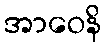
အာဝေနိ